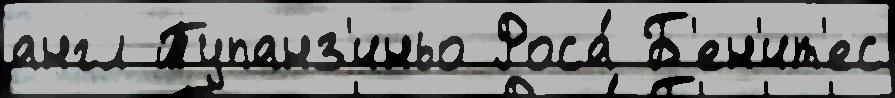
англ Тупанз'иньо Роса́ Б'ен'ит'ес